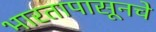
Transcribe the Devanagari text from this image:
भारतापासूनचे